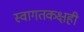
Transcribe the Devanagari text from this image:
स्वागतकक्षही